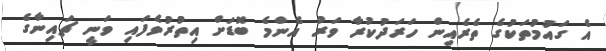
އެ ގައުމުތަކުގެ ތެރެއިން ހަރަދުކުރާ ވަރު އެންމެ ބޮޑަށް އިތުރުވެފައި ވަނީ ޗައިނާގެ